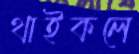
থাইকলে